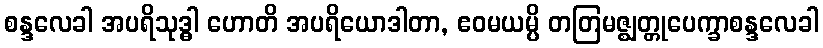
စန္ဒလေခါ အပရိသုဒ္ဓါ ဟောတိ အပရိယောဒါတာ, ဧဝမယမ္ပိ တတြမဇ္ဈတ္တုပေက္ခာစန္ဒလေခါ